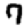
Digit: 7